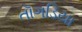
તૉગડિયા